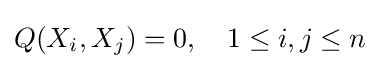
Q(X_{i},X_{j})=0,\quad 1\leq i,j\leq n